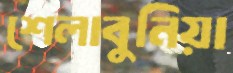
শেলাবুনিয়া